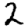
Digit: 2